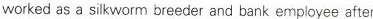
worked as a silk worm breeder and bank employee after